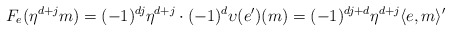
\begin{align*} F_e(\eta^{d+j}m)=(-1)^{dj}\eta^{d+j}\cdot (-1)^d\upsilon(e')(m)=(-1)^{dj+d}\eta^{d+j}\langle e,m\rangle'\end{align*}